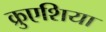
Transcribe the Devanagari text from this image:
क्रुएशिया